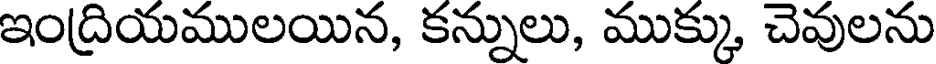
ఇంద్రియములయిన, కన్నులు, ముక్కు, చెవులను